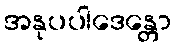
အနုပပါဒေန္တော